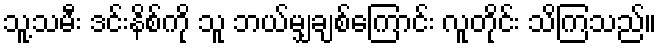
သူ့သမီး ဒင်းနိစ်ကို သူ ဘယ်မျှချစ်ကြောင်း လူတိုင်း သိကြသည်။